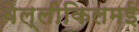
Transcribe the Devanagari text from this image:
वेल्लीकिलमई